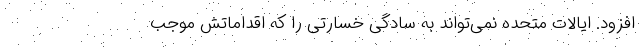
افزود. ایالات متحده نمی‌تواند به سادگی خسارتی را که اقداماتش موجب